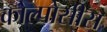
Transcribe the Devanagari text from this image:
कोल्पोसीस